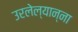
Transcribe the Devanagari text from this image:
उरलेल्यान्ना